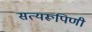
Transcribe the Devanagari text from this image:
सत्यरूपिणी